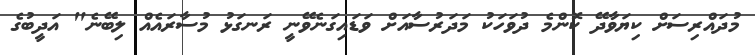
މުދައްރިސަށް ކިޔަވާދޭ ކޮންމެ ދުވަހަކު މަދަރުސާއަށް ވަޑައިގަނެވޭނީ ރަނގަޅު މުސާރައެއް ލިބޭނެ" އަދީބުގެ